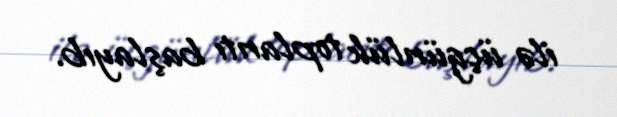
ilə üçgünlük toplantı başlayıb.